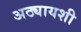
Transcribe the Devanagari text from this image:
अठ्यायशी